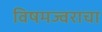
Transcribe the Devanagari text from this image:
विषमज्वराचा